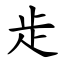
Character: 歨